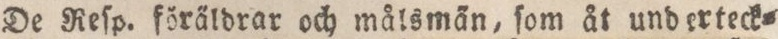
De Reſp. föräldrar och målsmän, ſom åt und erteck=